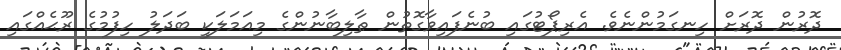
ދޮރުން ދޮރަށް ހިނގަމުންނެވެ. އެރިޕޯޓުގައި ބުނެފައިވާގޮތުން ޠާލިބާނުންގެ މިއަމަލަކީ ބަދަލު ހިފުމުގެ ރޫޙެއްގައި